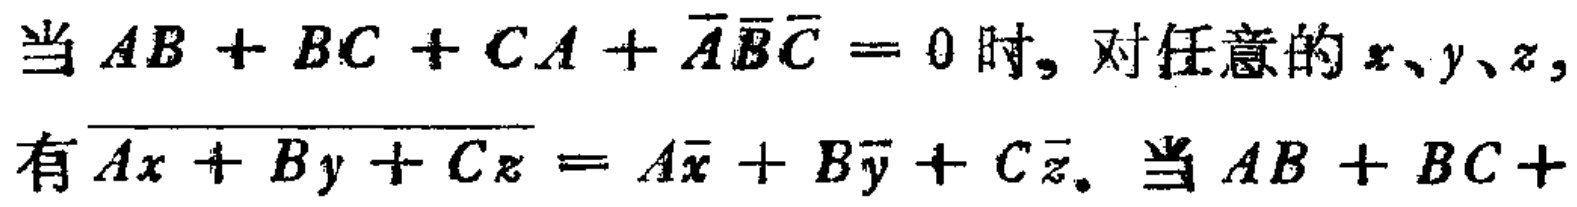
当 \(AB + BC + CA+\overline{A}\overline{B}\overline{C}=0\) 时, 对任意的 \(x、y、z\), 有 \(\overline{Ax + By + Cz}=A\overline{x}+B\overline{y}+C\overline{z}\). 当 \(AB + BC+\)